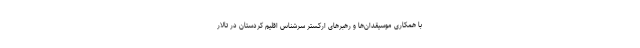
با همکاری موسیقدان‌ها و رهبرهای ارکستر سرشناس اقلیم کردستان در تالار